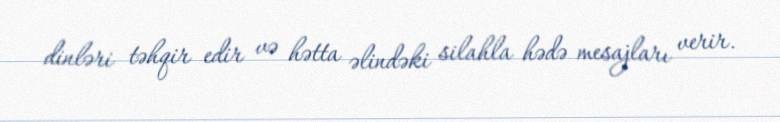
dinləri təhqir edir və hətta əlindəki silahla hədə mesajları verir.